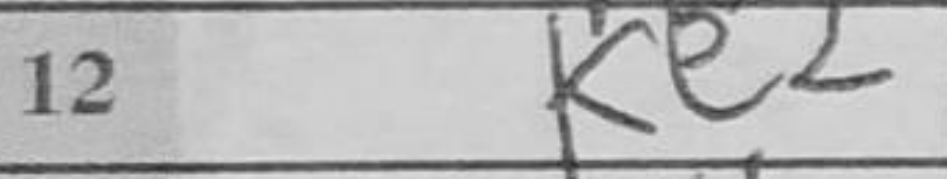
Transcription: Ke2